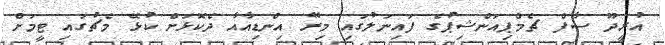
އުރީދޫ ސާފް ޗެމްޕިއަންޝިޕުގެ ފައިނަލުގައި މިރޭ އިންޑިއާއާ ދެކޮޅަށް ކުޅޭ މެޗުގައި ޓީމަށް